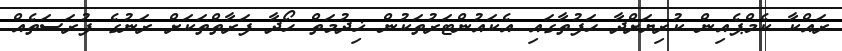
ރައްކާ ކެމްޕެއިން ކުރިޔަށްދާ ހަފުތާގައި އެކައުންޓަރުތަކުން ޚިދުމަތް ހޯދާ ފަރާތްތަކަށް ރަނުގެ ފުރަސަތެއް